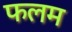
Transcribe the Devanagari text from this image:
फलम